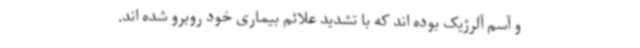
و آسم آلرژیک بوده اند که با تشدید علائم بیماری خود روبرو شده اند.